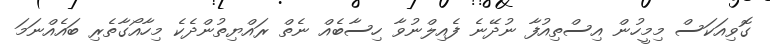
ގޮވިއަކަސް މިމީހުން އިސްތިއުފާ ނުދޭނެ ފެއިލްނުވާ ހިސާބެއް ނެތް ރައްޔިތުންދެކެ މިހާއޯގާތެރި ބައެއްނަމަ